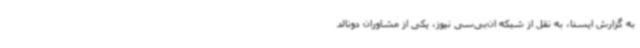
به گزارش ایسنا، به نقل از شبکه ان‌بی‌سی نیوز، یکی از مشاوران دونالد